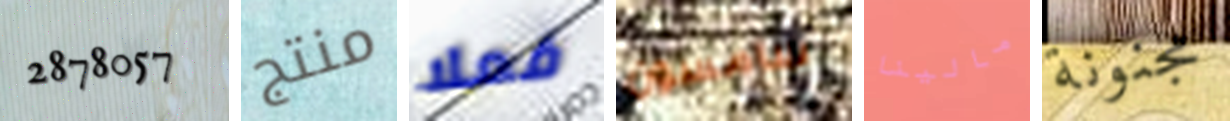
2878057 منتج فعلا سامسون مالينا مجنونة